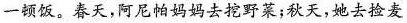
一顿饭。春天，阿尼帕妈妈去挖野菜；秋天，她去捡麦